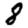
Digit: 8